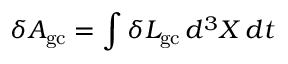
\delta { \cal A } _ { \mathrm { g c } } = \int \delta { \cal L } _ { \mathrm { g c } } \, d ^ { 3 } X \, d t